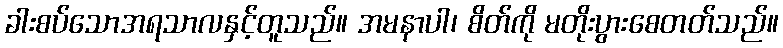
ခါးစပ်သောအရသာလနှင့်တူသည်။ အမနာပါ၊ စိတ်ကို မတိုးပွားစေတတ်သည်။